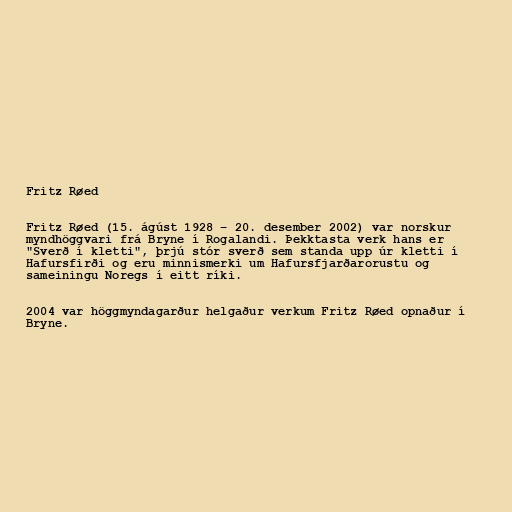
Fritz Røed

Fritz Røed (15. ágúst 1928 – 20. desember 2002) var norskur
myndhöggvari frá Bryne í Rogalandi. Þekktasta verk hans er
"Sverð í kletti", þrjú stór sverð sem standa upp úr kletti í
Hafursfirði og eru minnismerki um Hafursfjarðarorustu og
sameiningu Noregs í eitt ríki.

2004 var höggmyndagarður helgaður verkum Fritz Røed opnaður í
Bryne.